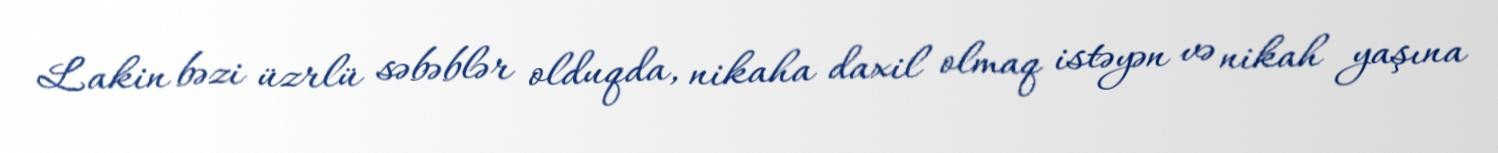
Lakin bəzi üzrlü səbəblər olduqda, nikaha daxil olmaq istəyən və nikah yaşına